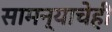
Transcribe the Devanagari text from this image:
सामन्याचेही